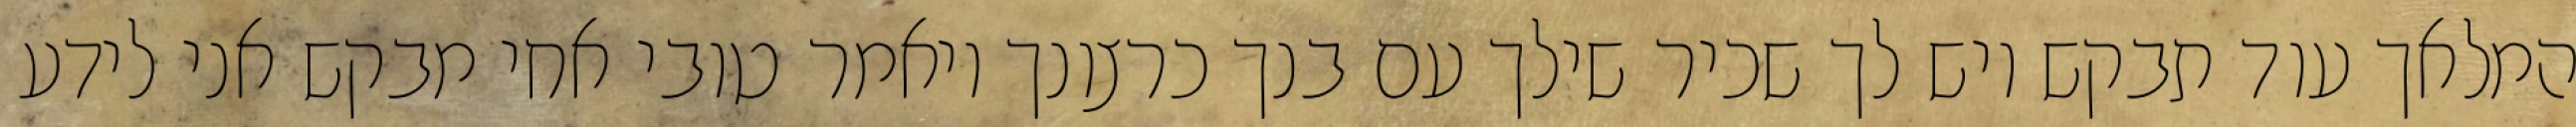
המלאך עוד תבקש ויש לך שכיר שילך עם בנך כרצונך ויאמר טובי אחי מבקש אני לידע